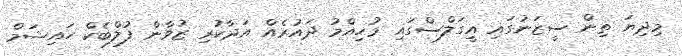
މިދިޔަ ތިން ސީޒަނުގައި އީގަލްސްގައި މުހިއްމު ދައުރެއް އަދާކުރި ޒުވާން ފުލްބެކް ހައިޝަމް